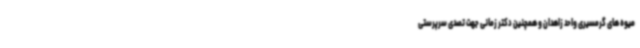
میوه های گرمسیری واحد زاهدان و همچنین دکتر زمانی جهت تصدی سرپرستی